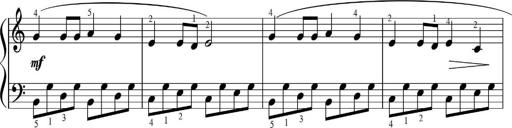
Title: Sonatinas
Composer: Andrew Violette